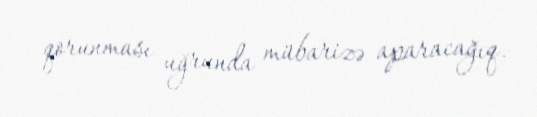
qorunması uğrunda mübarizə aparacağıq.